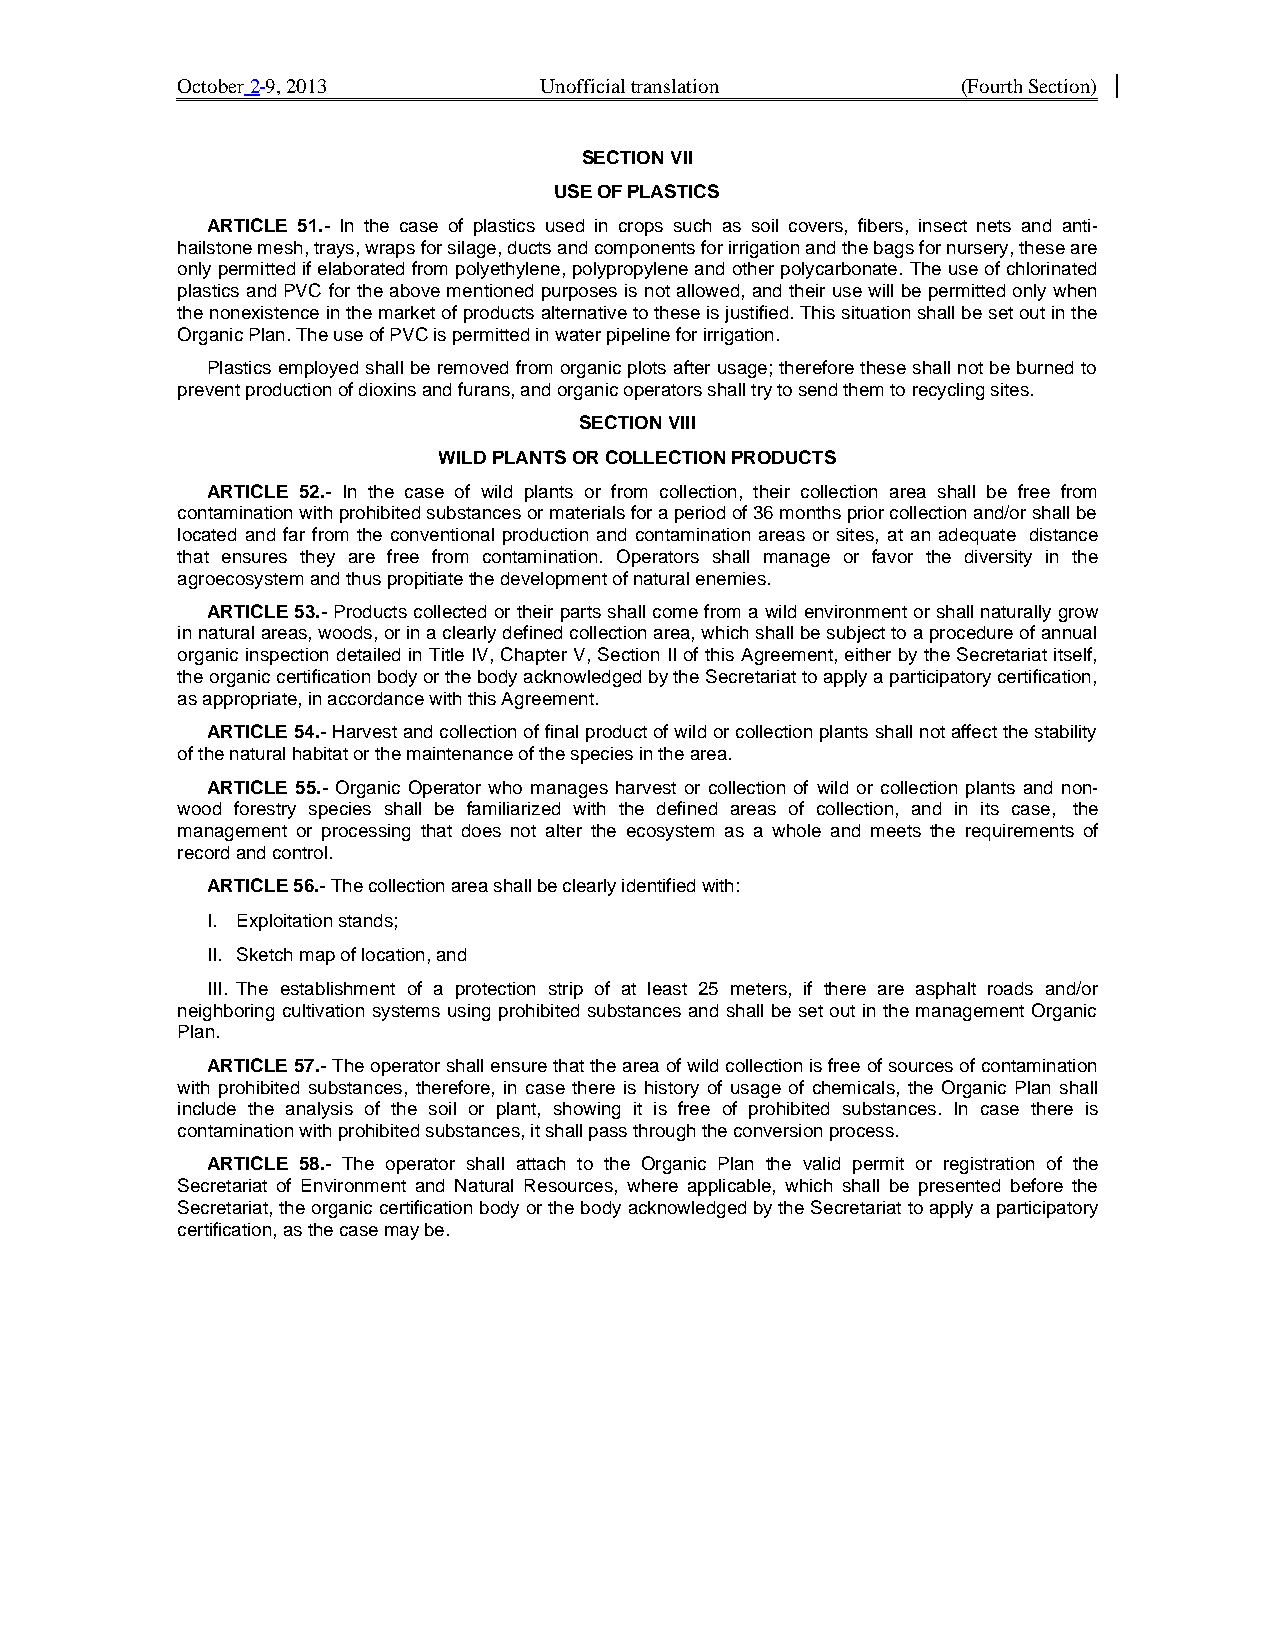
October 2 9, 2013       Unofficial translation      (Fourth Section)
 SECTION VII
 USE OF PLASTICS
 ARTICLE 51.- In the case of plastics used in crops such as soil covers, fibers, insect nets and anti-
 hailstone mesh, trays, wraps for silage, ducts and components for irrigation and the bags for nursery, these are
 only permitted if elaborated from polyethylene, polypropylene and other polycarbonate. The use of chlorinated
 plastics and PVC for the above mentioned purposes is not allowed, and their use will be permitted only when
 the nonexistence in the market of products alternative to these is justified. This situation shall be set out in the
 Organic Plan. The use of PVC is permitted in water pipeline for irrigation.
 Plastics employed shall be removed from organic plots after usage; therefore these shall not be burned to
 prevent production of dioxins and furans, and organic operators shall try to send them to recycling sites.
 SECTION VIII
 WILD PLANTS OR COLLECTION PRODUCTS
 ARTICLE 52.- In the case of wild plants or from collection, their collection area shall be free from
 contamination with prohibited substances or materials for a period of 36 months prior collection and/or shall be
 located and far from the conventional production and contamination areas or sites, at an adequate distance
 that ensures they are free from contamination. Operators shall manage or favor the diversity in the
 agroecosystem and thus propitiate the development of natural enemies.
 ARTICLE 53.- Products collected or their parts shall come from a wild environment or shall naturally grow
 in natural areas, woods, or in a clearly defined collection area, which shall be subject to a procedure of annual
 organic inspection detailed in Title IV, Chapter V, Section II of this Agreement, either by the Secretariat itself,
 the organic certification body or the body acknowledged by the Secretariat to apply a participatory certification,
 as appropriate, in accordance with this Agreement.
 ARTICLE 54.- Harvest and collection of final product of wild or collection plants shall not affect the stability
 of the natural habitat or the maintenance of the species in the area.
 ARTICLE 55.- Organic Operator who manages harvest or collection of wild or collection plants and non-
 wood forestry species shall be familiarized with the defined areas of collection, and in its case, the
 management or processing that does not alter the ecosystem as a whole and meets the requirements of
 record and control.
 ARTICLE 56.- The collection area shall be clearly identified with:
 I. Exploitation stands;
 II. Sketch map of location, and
 III. The establishment of a protection strip of at least 25 meters, if there are asphalt roads and/or
 neighboring cultivation systems using prohibited substances and shall be set out in the management Organic
 Plan.
 ARTICLE 57.- The operator shall ensure that the area of wild collection is free of sources of contamination
 with prohibited substances, therefore, in case there is history of usage of chemicals, the Organic Plan shall
 include the analysis of the soil or plant, showing it is free of prohibited substances. In case there is
 contamination with prohibited substances, it shall pass through the conversion process.
 ARTICLE 58.- The operator shall attach to the Organic Plan the valid permit or registration of the
 Secretariat of Environment and Natural Resources, where applicable, which shall be presented before the
 Secretariat, the organic certification body or the body acknowledged by the Secretariat to apply a participatory
 certification, as the case may be.